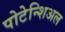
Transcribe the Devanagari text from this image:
पोटेन्शिअल